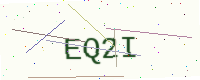
Text: EQ2I